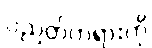
ပညတ်တရားကို